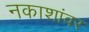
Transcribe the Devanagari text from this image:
नकाशांवर